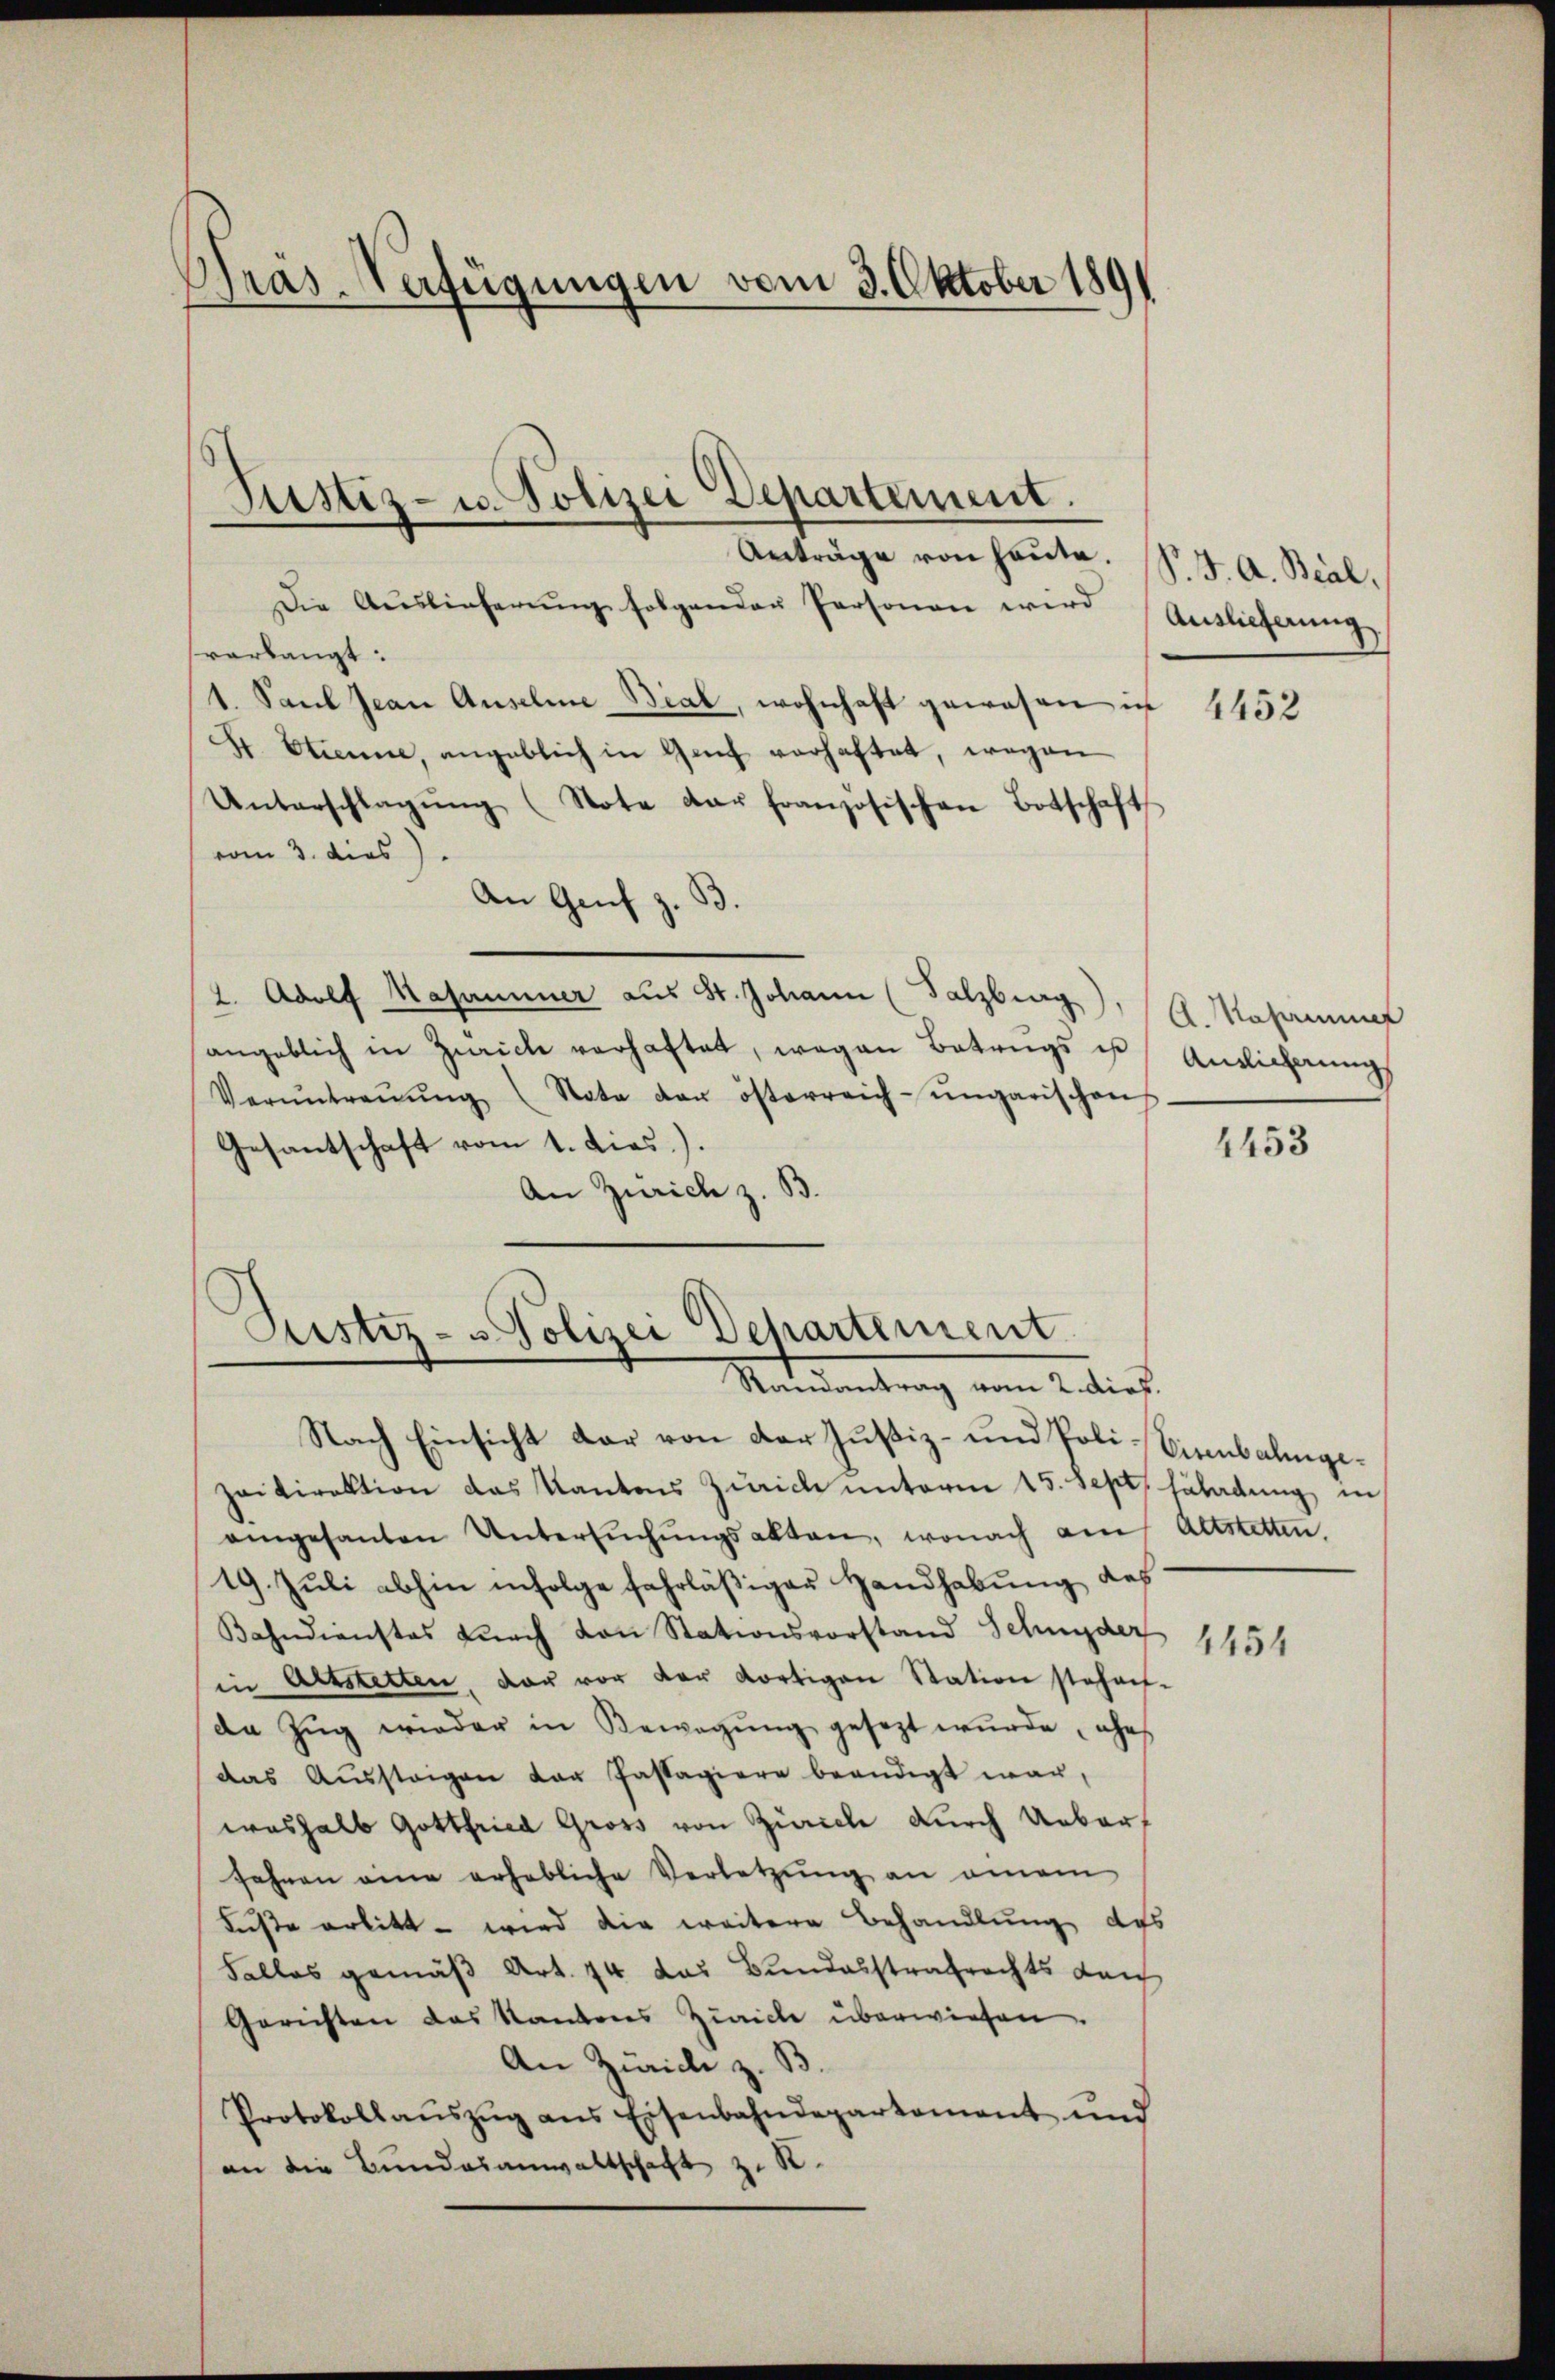
Pras-Verfügungen vom 3. Oktober 189

Anträge von heute. (S. J. A. Beal,
Die Aŭslieferŭng folgenden Personen wird Auslieferung
varbangt:
1. Paul Jean Anselne Bial, wohnhaft gewesen in
S. Etienne, angeblich in Genf verhaftet, wegen
Unterschlagŭng (Note dar französischen Botschaft
vom 3. dies
An Genf z. B.
2. Adolf Masammer aus St. Johann (Salzburg)
angeblich in Zwicke verhaftet, wegen Betrags is
Verŭntraŭŭng (Nata der österreich-ungarischen
Gesantschaft vom 1. dies.).
An Zürich z. B.

Justiz- u. Polizei Departement.

Justiz- & Polizei Departement
Mandantrag von Antlich

Nach Einsicht dar von der Justiz- und Poli-Eisenbalingezeidirektion das Kantons Zürich unterm 15. Sept. sladung, in
angesanten Untersŭchŭngsakten, wonach am Altstetten.
19. Juli abhin infolge fahrläßiger Handhabung des
Bahndienstes durch von Stationsvorstand Schnyder
in Altstetten, der vor der dortigen Station stehen-
de Zŭg wieder in Bewegung gesezt wŭrde, ehe
das Aŭssteigen der Pastagiere beendigt war,
washalb Gottfried Gross von Zürich durch Ueberf
fahren eine erhebliche Verletzŭng an einem
Füste erbitt – wird die weitere Behandlung des
Falles gemäß Art. 74 das Bundesstrafrechts Leich
Gerichten das Kantons Zürich überwiesen.
An Zürich z. B.
Protokollaŭszŭg ans Eisenbahndepartement und
an die Bundesanwaltschaft z. B.

4452

A.Mahnun
Ainlicherung

4453

1454